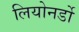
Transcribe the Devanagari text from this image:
लियोनर्डो